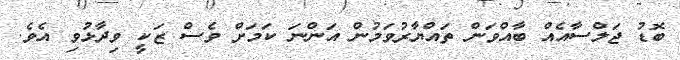
ބޮޑު ޖަލްސާއެއް ބާއްވަން ތައްޔާރުވަމުން އަންނަ ކަމަށް ވެސް ޒަކީ ވިދާޅުވި އެވެ.